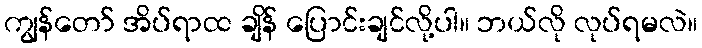
ကျွန်တော် အိပ်ရာထ ချိန် ပြောင်းချင်လို့ပါ။ ဘယ်လို လုပ်ရမလဲ။